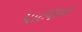
પાટણના